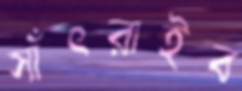
সাঁৎরাইব